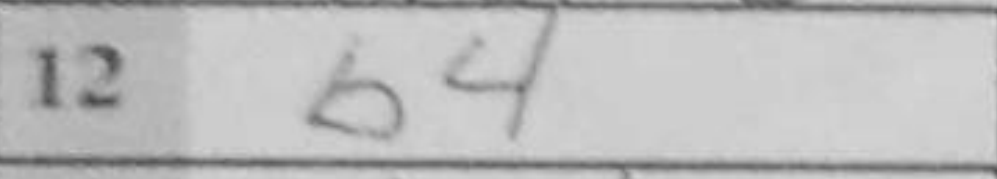
Transcription: b4